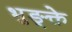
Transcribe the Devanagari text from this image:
भुङ्क्ते